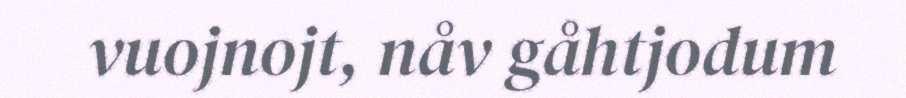
vuojnojt, nåv gåhtjodum